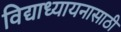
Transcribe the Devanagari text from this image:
विद्याध्यायनासाठी